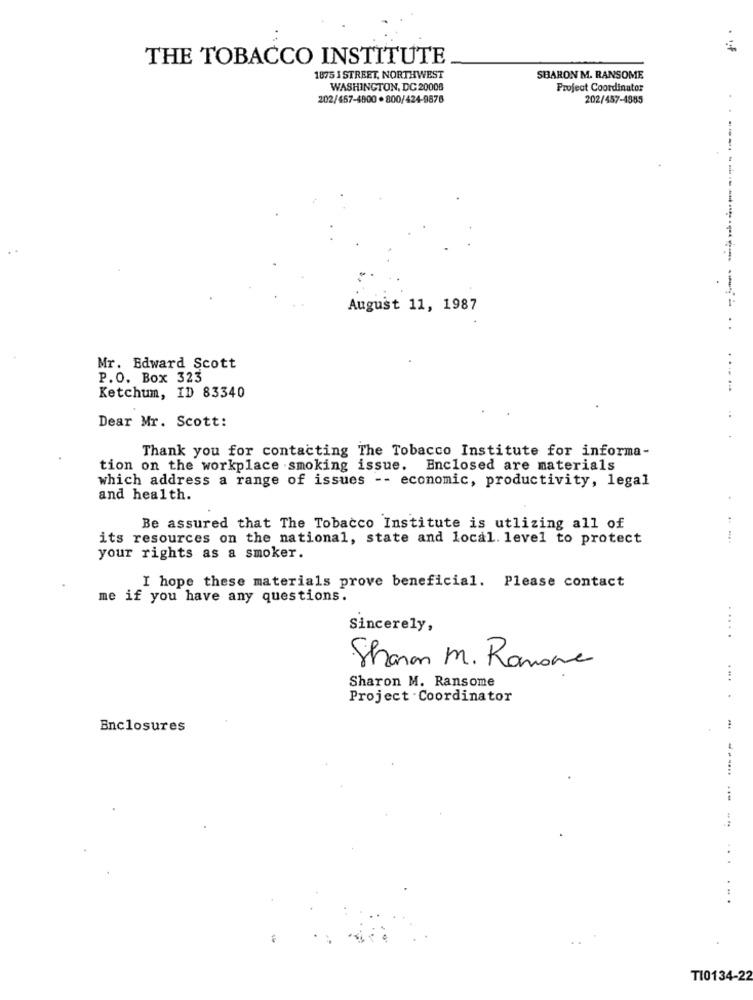
THE TOBACCO INSTITUTE
1875 I STREET, NORTHWEST
SHARON M. RANSOME
WASHINGTON, DC 20008
Project Coordinator
202/457-4000 . 800/424-9876
202/457-4885
August 11, 1987
Mr. Edward Scott
P.O. Box 323
Ketchum, ID 83340
Dear Mr. Scott:
..
Thank you for contacting The Tobacco Institute for informa-
tion on the workplace smoking issue. Enclosed are materials
which address a range of issues -- economic, productivity, legal
and health.
Be assured that The Tobacco Institute is utlizing all of
its resources on the national, state and local. level to protect
your rights as a smoker.
I hope these materials prove beneficial. Please contact
me if you have any questions.
Sincerely,
.....
Sharan M. Ramone
Sharon M. Ransome
Project Coordinator
.... .
Enclosures
...
...
TI0134-22